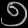
Digit: ၅